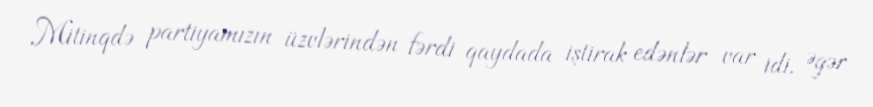
Mitinqdə partiyamızın üzvlərindən fərdi qaydada iştirak edənlər var idi. Əgər